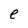
Character: e